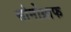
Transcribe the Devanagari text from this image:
सोनोग्राफ